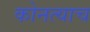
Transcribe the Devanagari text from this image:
कोनत्याच